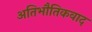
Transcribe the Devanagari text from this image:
अतिभौतिकवाद